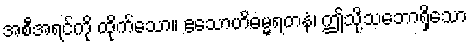
အစီအရင်ကို ထိုက်သော။ ဧသောဟိဓမ္မရတနံ၊ ဤသို့သဘောရှိသော